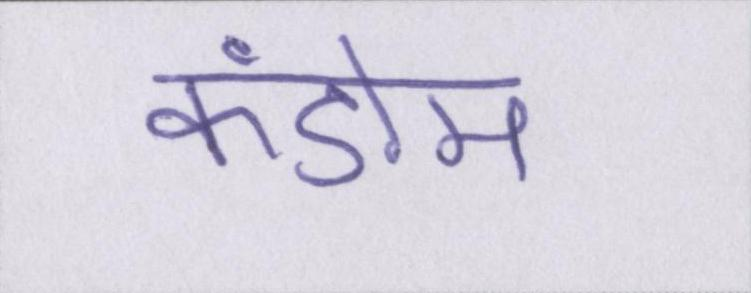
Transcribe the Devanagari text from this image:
कंडोम